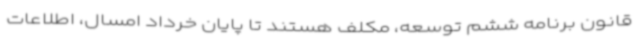
قانون برنامه ششم توسعه، مکلف هستند تا پایان خرداد امسال، اطلاعات